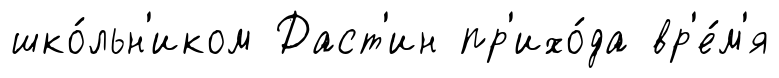
шко́льн'иком Даст'ин пр'ихо́да вр'е́м'я